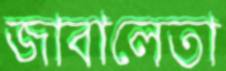
জাবালেতা